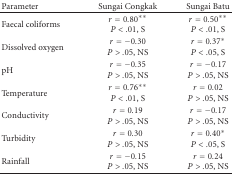
<table><thead><tr><td><b>Parameter</b></td><td><b>Sungai Congkak</b></td><td><b>Sungai Batu</b></td></tr></thead><tbody><tr><td>Faecal coliforms</td><td><i>r</i> = 0.80**<i>P</i> &lt; .01, S</td><td><i>r</i> = 0.50**<i>P</i> &lt; .01, S</td></tr><tr><td>Dissolved oxygen</td><td><i>r</i> = −0.30<i>P</i> &gt; .05, NS</td><td><i>r</i> = 0.37*<i>P</i> &lt; .05, S</td></tr><tr><td>pH</td><td><i>r</i> = −0.35<i>P</i> &gt; .05, NS</td><td><i>r</i> = −0.17<i>P</i> &gt; .05, NS</td></tr><tr><td>Temperature</td><td><i>r</i> = 0.76**<i>P</i> &lt; .01, S</td><td><i>r</i> = 0.02<i>P</i> &gt; .05, NS</td></tr><tr><td>Conductivity</td><td><i>r</i> = 0.19<i>P</i> &gt; .05, NS</td><td><i>r</i> = −0.17<i>P</i> &gt; .05, NS</td></tr><tr><td>Turbidity</td><td><i>r</i> = 0.30<i>P</i> &gt; .05, NS</td><td><i>r</i> = 0.40*<i>P</i> &lt; .05, S</td></tr><tr><td>Rainfall</td><td><i>r</i> = −0.15<i>P</i> &gt; .05, NS</td><td><i>r</i> = 0.24<i>P</i> &gt; .05, NS</td></tr></tbody></table>